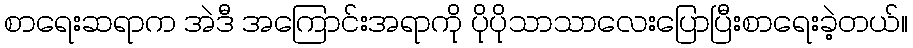
စာရေးဆရာက အဲဒီ အကြောင်းအရာကို ပိုပိုသာသာလေးပြောပြီးစာရေးခဲ့တယ်။